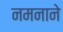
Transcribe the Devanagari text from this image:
नमनाने